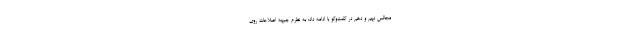
مجالس نهم و دهم در گفت‌وگو با ادامه داد: به نظرم جبهه اصلاحات روی